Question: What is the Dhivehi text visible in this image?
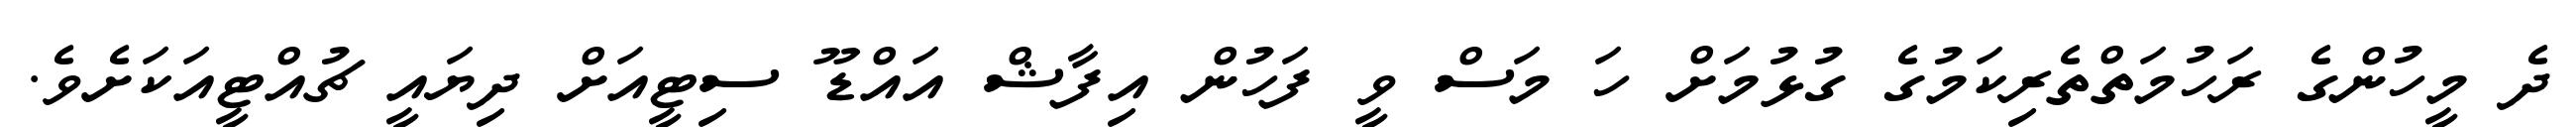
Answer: ދެ މީހުންގެ ރަހުމަތްތެރިކަމުގެ ގުޅުމަށް ހަ މަސް ވީ ފަހުން އިފާޝް އައްޑޫ ސިޓީއަށް ދިޔައީ ޗުއްޓީއަކަށެވެ.